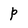
Character: p